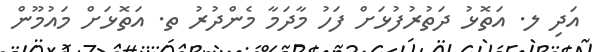
އަދި ލ. އަތޮޅު ދަތުރުފުޅަށް ފަހު މާދަމާ މެންދުރު ތ. އަތޮޅަށް މައުމޫން